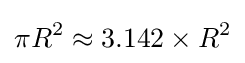
\pi R^{2}\approx 3.142\times R^{2}